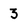
Character: 3